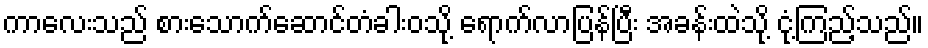
ကာလေးသည် စားသောက်ဆောင်တံခါးဝသို့ ရောက်လာပြန်ပြီး အခန်းထဲသို့ ငုံ့ကြည့်သည်။